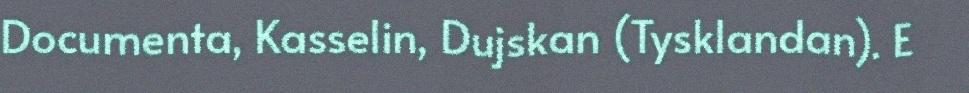
Documenta, Kasselin, Dujskan (Tysklandan). E